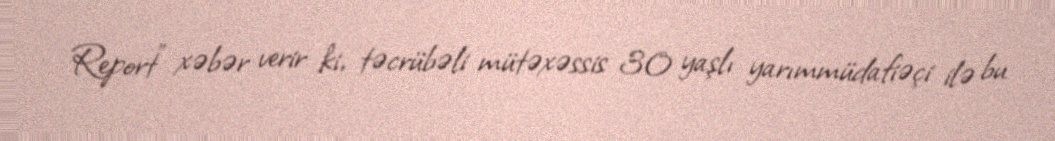
Report" xəbər verir ki, təcrübəli mütəxəssis 30 yaşlı yarımmüdafiəçi ilə bu